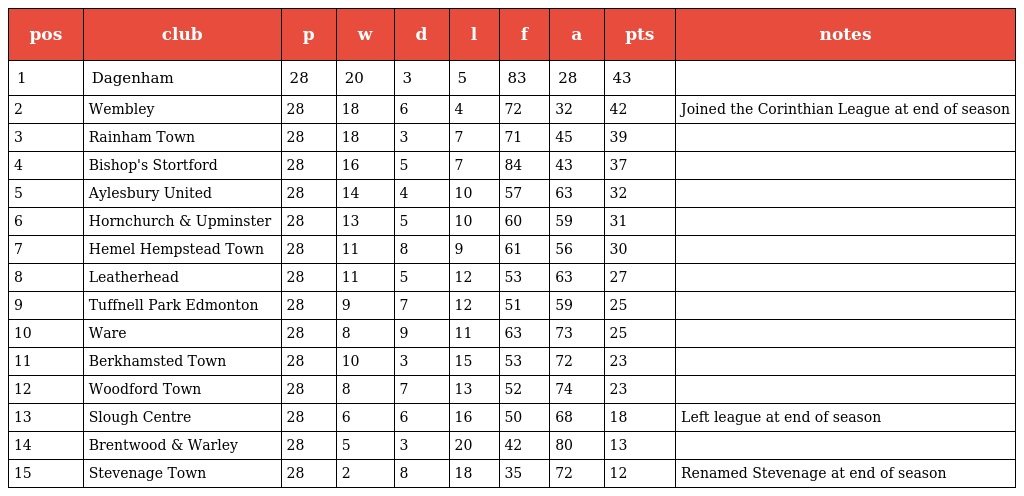
| pos | club | p | w | d | l | f | a | pts | notes |
 | --- | --- | --- | --- | --- | --- | --- | --- | --- | --- |
 | 1 | Dagenham | 28 | 20 | 3 | 5 | 83 | 28 | 43 |  |
 | 2 | Wembley | 28 | 18 | 6 | 4 | 72 | 32 | 42 | Joined the Corinthian League at end of season |
 | 3 | Rainham Town | 28 | 18 | 3 | 7 | 71 | 45 | 39 |  |
 | 4 | Bishop's Stortford | 28 | 16 | 5 | 7 | 84 | 43 | 37 |  |
 | 5 | Aylesbury United | 28 | 14 | 4 | 10 | 57 | 63 | 32 |  |
 | 6 | Hornchurch & Upminster | 28 | 13 | 5 | 10 | 60 | 59 | 31 |  |
 | 7 | Hemel Hempstead Town | 28 | 11 | 8 | 9 | 61 | 56 | 30 |  |
 | 8 | Leatherhead | 28 | 11 | 5 | 12 | 53 | 63 | 27 |  |
 | 9 | Tuffnell Park Edmonton | 28 | 9 | 7 | 12 | 51 | 59 | 25 |  |
 | 10 | Ware | 28 | 8 | 9 | 11 | 63 | 73 | 25 |  |
 | 11 | Berkhamsted Town | 28 | 10 | 3 | 15 | 53 | 72 | 23 |  |
 | 12 | Woodford Town | 28 | 8 | 7 | 13 | 52 | 74 | 23 |  |
 | 13 | Slough Centre | 28 | 6 | 6 | 16 | 50 | 68 | 18 | Left league at end of season |
 | 14 | Brentwood & Warley | 28 | 5 | 3 | 20 | 42 | 80 | 13 |  |
 | 15 | Stevenage Town | 28 | 2 | 8 | 18 | 35 | 72 | 12 | Renamed Stevenage at end of season |